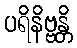
ပရိနိဗ္ဗန္တိ